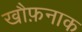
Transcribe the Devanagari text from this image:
खौफ़नाक